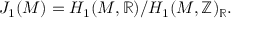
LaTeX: J _ { 1 } ( M ) = H _ { 1 } ( M , \mathbb { R } ) / H _ { 1 } ( M , \mathbb { Z } ) _ { \mathbb { R } } .